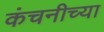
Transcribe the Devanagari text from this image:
कंचनीच्या